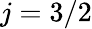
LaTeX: j=3/2